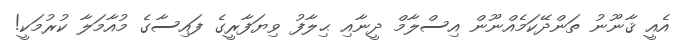
އެއީ ޤާނޫނު ތަންދޭކަމެއްނޫން އިސްލާމް ދީނާއި ޙިލާފު ވިޔަފާރީގެ ފައިސާގެ މުއާމަލާ ކުރުމަކީ!